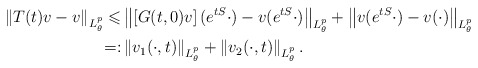
\begin{align*} \left\|T(t)v-v\right\|_{L^p_{\theta}} \leqslant &\left\|\left[G(t,0)v\right](e^{tS}\cdot)-v(e^{tS}\cdot)\right\|_{L^p_{\theta}}+\left\|v(e^{tS}\cdot)-v(\cdot)\right\|_{L^p_{\theta}} \\ =: &\left\|v_1(\cdot,t)\right\|_{L^p_{\theta}} + \left\|v_2(\cdot,t)\right\|_{L^p_{\theta}}. \end{align*}